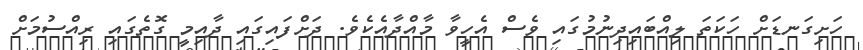
ހަށިގަނޑަށް ހަކަތަ ލިއްބައިދިނުމުގައި ވެސް އެހީވާ މާއްދާއެކެވެ. ދަށްފައިގައި ދާއިމީ ގޮތެގައި ރިއްސުމަށް